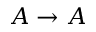
A \rightarrow A